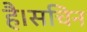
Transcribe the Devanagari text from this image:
है।सचिन